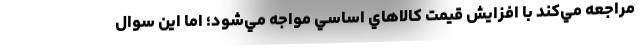
مراجعه مي‌كند با افزايش قيمت كالاهاي اساسي مواجه مي‌شود؛ اما اين سوال